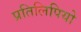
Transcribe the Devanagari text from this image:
प्रतिलिपियो